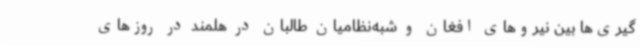
گیری‌ها بین نیروهای افغان و شبه‌نظامیان طالبان در هلمند در روزهای